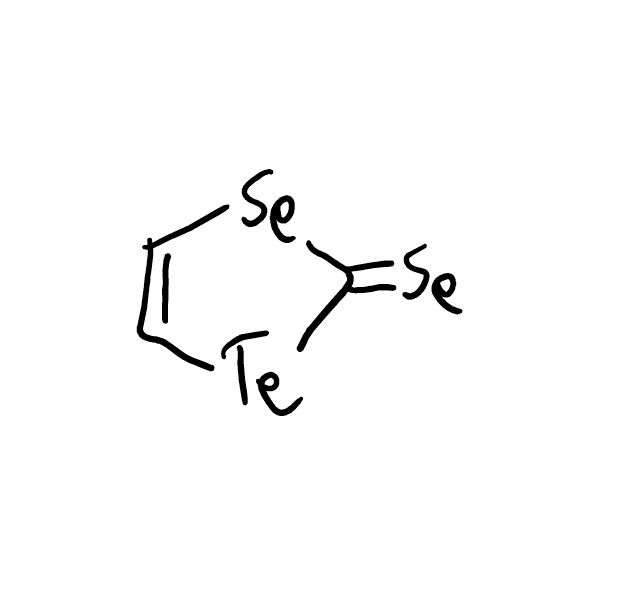
Simplified molecular-input line-entry system (SMILES) notation of the given molecule:
C1=C[Te]C(=[Se])[Se]1